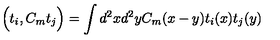
\Big ( t _ { i } , C _ { m } t _ { j } \Big ) = \int d ^ { 2 } x d ^ { 2 } y C _ { m } ( x - y ) t _ { i } ( x ) t _ { j } ( y )